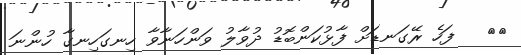
١٦   ފަހެ ރޭގަނޑަށް ފާޅުކަންބޮޑު ދުވާލު ވަންހަނާވާ ހިނގަހިނގާ ހުންނަ